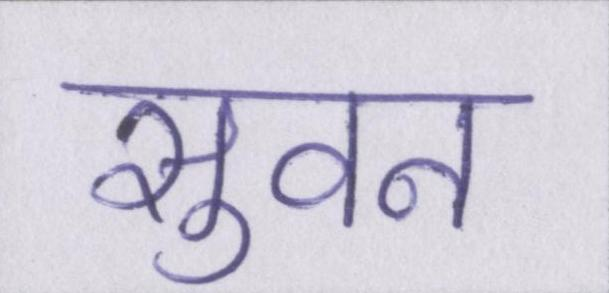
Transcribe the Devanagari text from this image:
सुवन